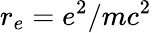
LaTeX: r_{e}=e^{2}/mc^{2}